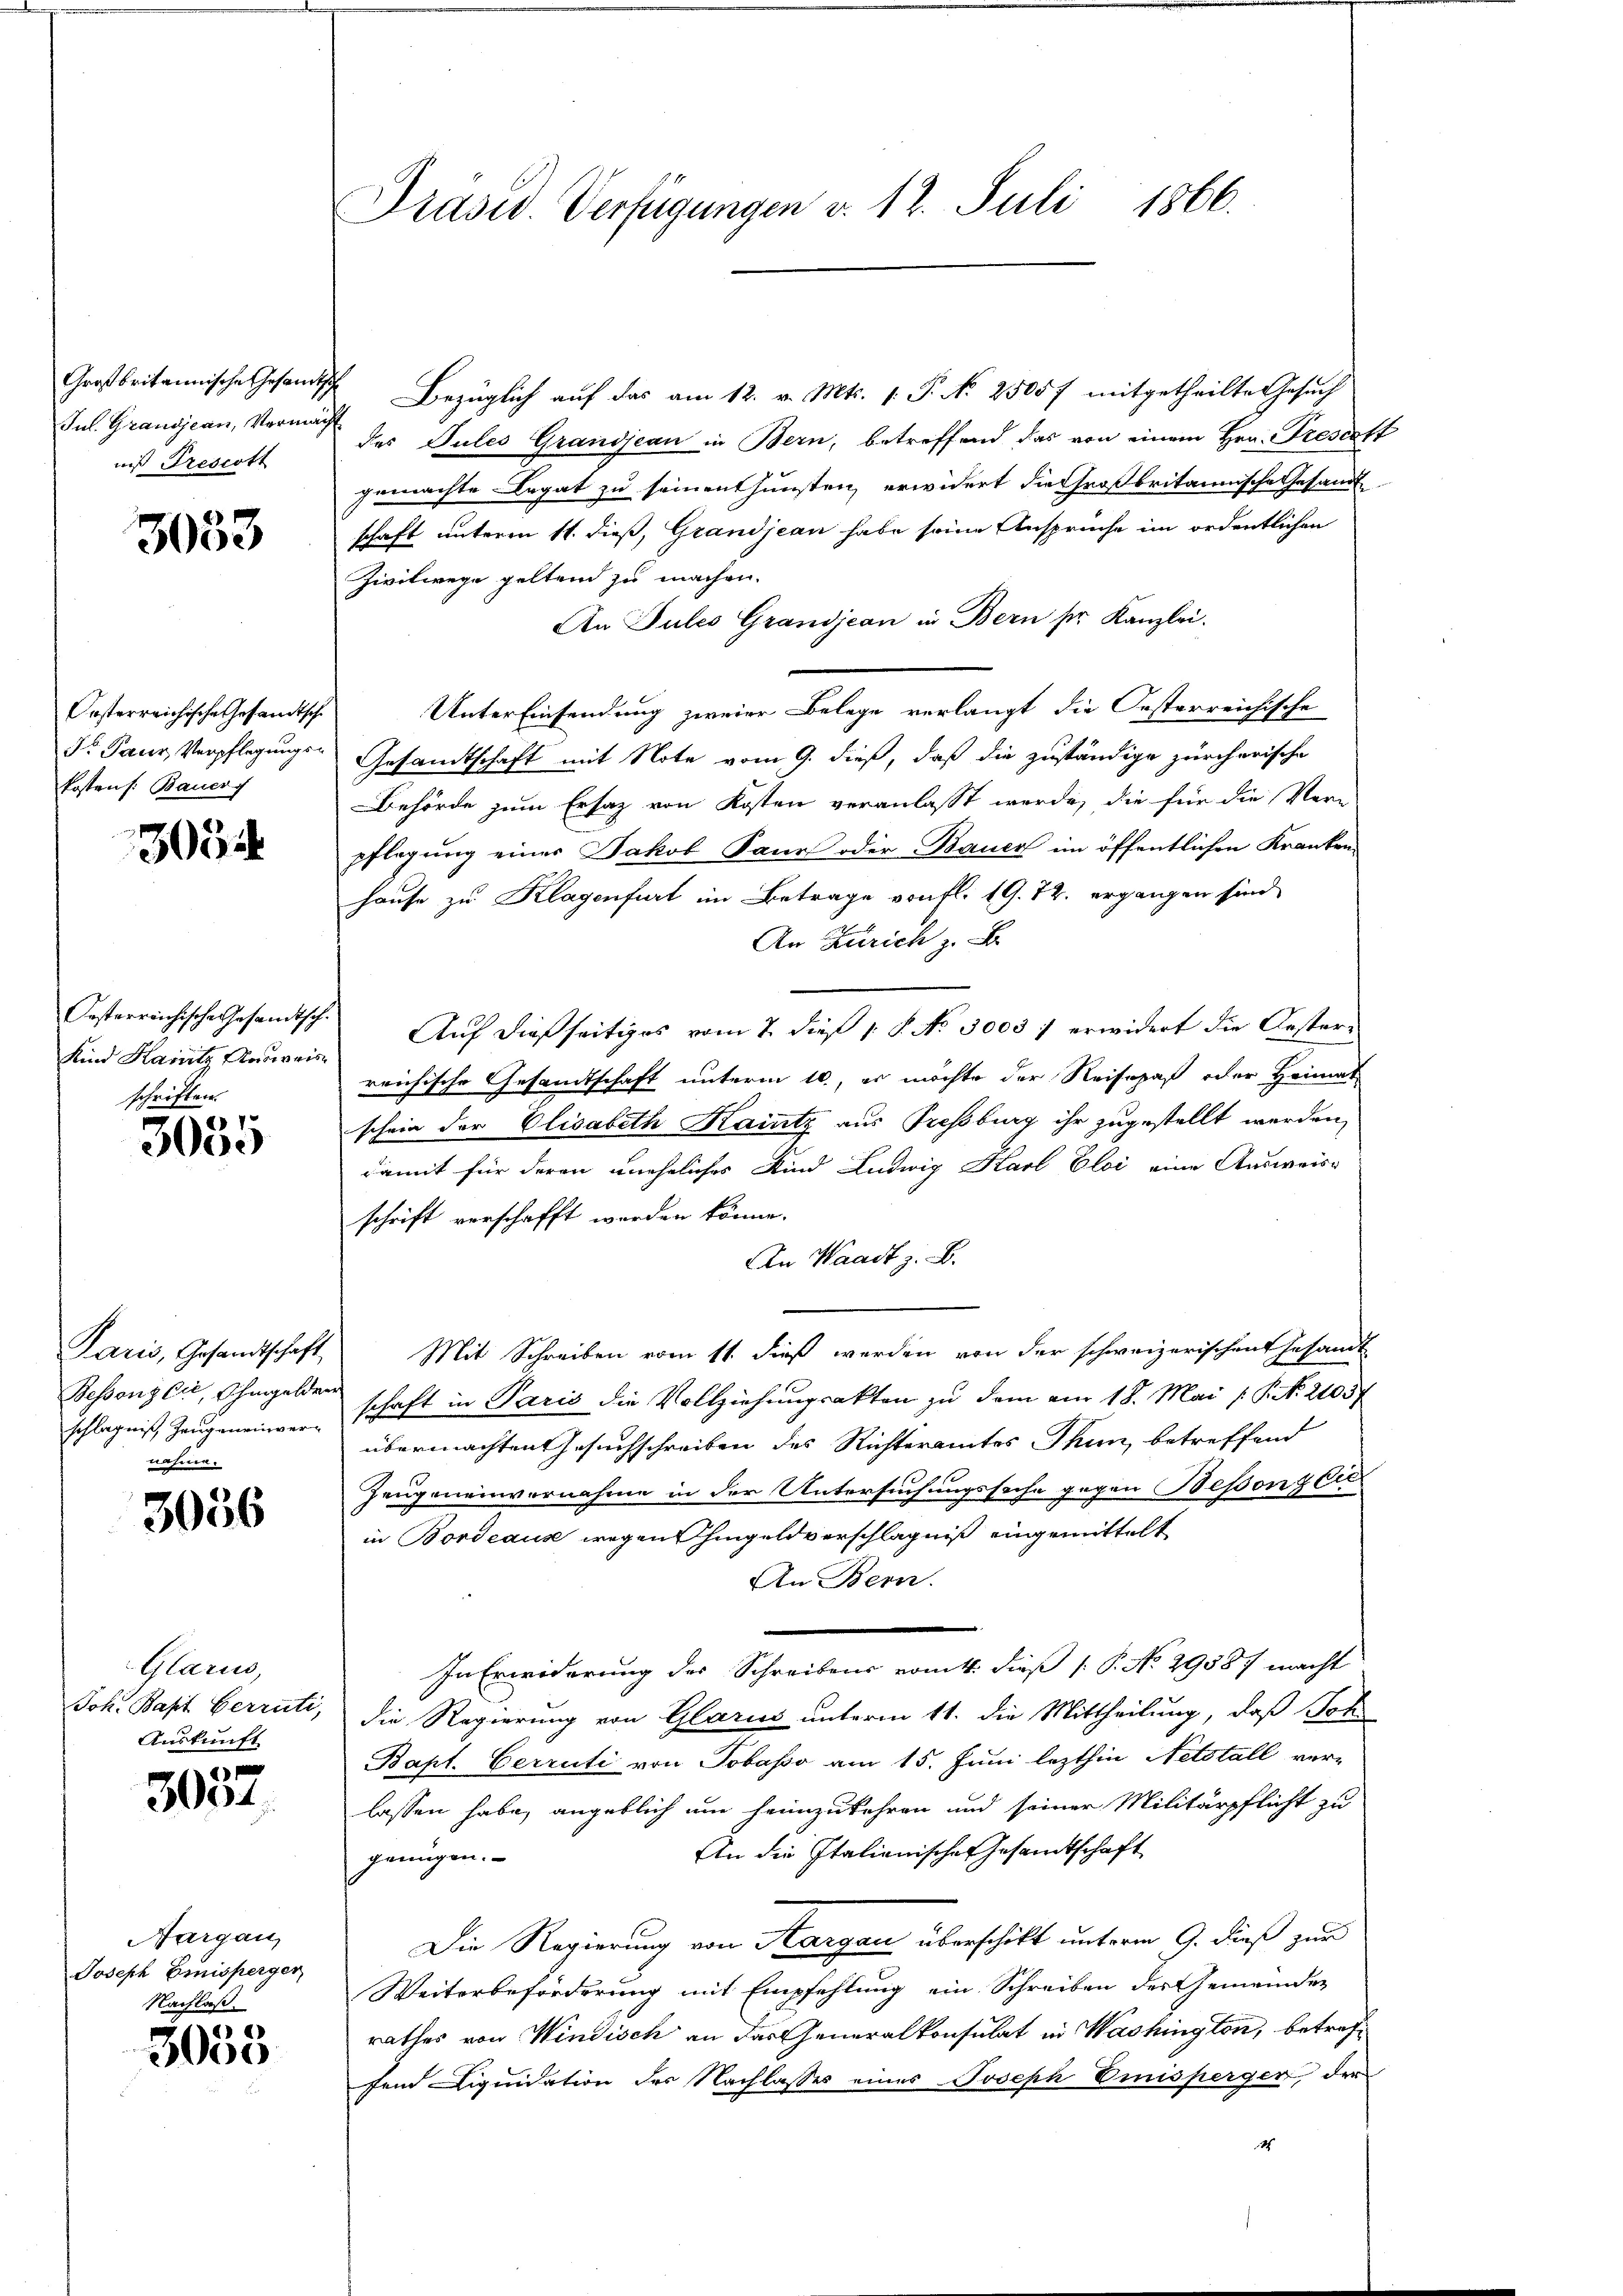
Großbritannische Gesandt
Jul. Grandjean, Vermäch
uis Frescott

3033

Posterreichische Gesandtsche
S. Paur, Verpflegungskostens: Bauer

305

Oesterreichische Gesandtsch.
Kind Hannitz Ausweis
schriften.

E I
3000

Paris, Gesandtschaft,
Bessenz Ei, Ohmgelder
schlägnis Zeugeneinvere

3056

Glarus,
Joh. Bapt Verrüti,
Auskunft

2
3004

Aargau,
Joseph Emisperger
Nachlaß

3033

Präsid. Verfügungen v. 12. Juli 1866.

V. Bezüglich auf das am 12. v. Mts. v. P. N. 25057 mitgetheilte Gesuch
des Pules Grandjean in Bern, betreffend das von einem Hrn. Trescett
gemachte Legat zu seinenthunsten, erwidert die Großbritannische Gesandte
schaft unterm 11. dieß, Grandjean habe seine Ansprüche im ordentlichen
Zivilwege geltend zu machen.
An Jules Grandjean in Bern fr. Kanzlei.
Unter Einsendung zweier Belege verlangt die Oesterreichische
Gesandtschaft mit Note vom 9. dieß, daß die zuständige zürcherische
Behörde zum Ersatz von Kosten veranlasst werde, die für die Ver-
pflegung eines Jakob Saums oder Bauer im öffentlichen Kranken
hause zu Klagenfurt im Betrage von fl. 19. 72. ergangen sind,
An Zürich z. B.
Auf dießseitiges vom 7. dieß 1 S. No 30031 erwidert die Oesterreichische Gesandtschaft unterm 16., es möchte der Reisepaß oder Heimat
schein der Elisabeth Kaintz aus Pressburg ihr zugestellt werden,
damit für deren uneheliches Kind Ludwig Karl Eloi eine Ausweise
schrift verschafft werden könne.
An Waadt z. B.
Mit Schreiben vom 11. dieß werden von der schweizerischen Gesandt
schaft in Paris die Vollziehungsakten zu dem am 18. Mai p. P. N. 21037
übermachten Gesuchschreiben des Richteramtes Thun, betreffend
Zeugeneinvernahme in der Untersuchungssache gegen Besonzcerin Bordeaus wegen hingeldverschlägniß eingemittelt
An Bern.
In Erwiderung der Schreibens vom 4. dieß P. No. 29587 macht
die Regierung von Glarus unterm 11. die Mittheilung, daß Joh.
Bapt. Cerrüti von Tobasso am 15. Juni lezthin Netstall ver-
lassen habe, angeblich um heimzukehren und seiner Militärpflicht zu
An die Italienischen Gesamtschaft
genügen.
Die Regierung von Margau überschikt unterm 9. dieß zur
Weiterbeförderung mit Empfehlung ein Schreiben des Gemeinder
rathes von Windisch an das Generalkonsulat in Washington, betreffend Liquidation des Nachlasses eines Joseph Emisperger, der
4